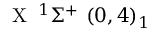
\textrm { X } \, ^ { 1 } \Sigma ^ { + } ~ ( 0 , 4 ) _ { 1 }